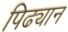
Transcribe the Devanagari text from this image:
पिढ्यान